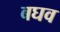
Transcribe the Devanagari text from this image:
बघव